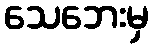
သေဘေးမှ